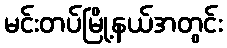
မင်းတပ်မြို့နယ်အတွင်း